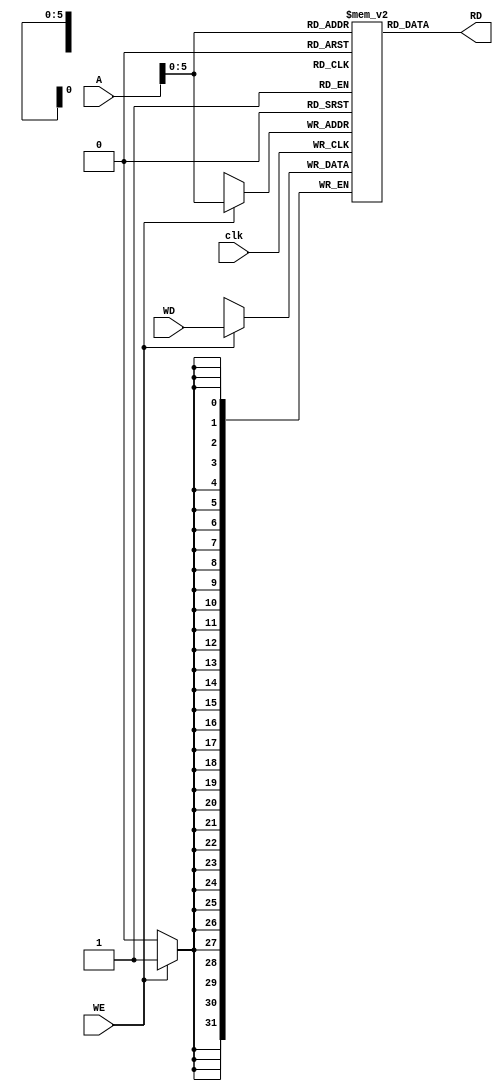
module data_memory (
	input [31:0] A, WD,
	input clk, WE, 
	output [31:0] RD);

reg [31:0] data_mem [0: 63];

always @(posedge clk) 
	if (WE) 
	data_mem[A] <= WD;

assign RD =  data_mem [A]; 	

endmodule